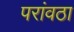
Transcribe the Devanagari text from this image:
परांवठा